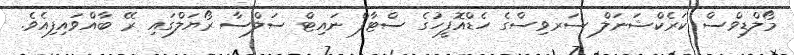
މޯލްޑިވްސް ކަރެކްޝަނަލް ސަރވިސްގެ ހެޑްއޮފީހުގެ ސްޓާފް ނައިޓް ސަލްސާ ރޯޔަލްގައި ރޭ ބާއްވައިފިއެވެ.